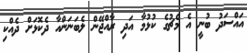
އައްސަދު ބުނީ އެ މެޗުގެ ކުޅުމާ އަދި ރާއްޖޭން ލެބަނަންއާ ދެކޮޅަށް ދެއްކި